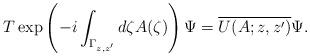
LaTeX: \begin{align*}T\exp\left(-i\int_{\Gamma_{z,z'}} d\zeta A(\zeta)\right)\Psi = \overline{U(A;z,z')}\Psi.\end{align*}